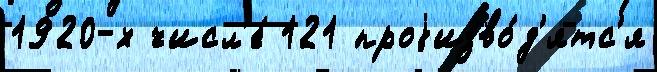
1920-х числ'е́ 121 проjизво́д'ятс'я